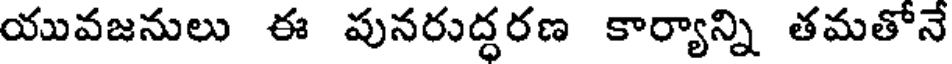
యువజనులు ఈ పునరుద్ధరణ కార్యాన్ని తమతోనే